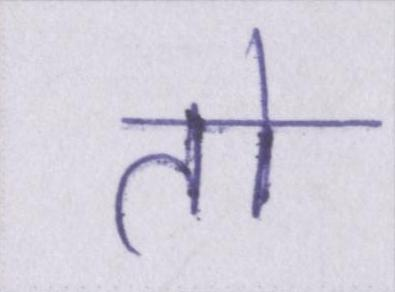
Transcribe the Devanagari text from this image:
तो